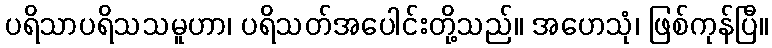
ပရိသာပရိသသမူဟာ၊ ပရိသတ်အပေါင်းတို့သည်။ အဟေသုံ၊ ဖြစ်ကုန်ပြီ။